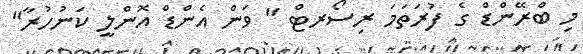
މި ބްރޭންޑް ގެ ފުރަތަމަ ރިސޯރޓް " ވަން އެންޑް އޮންލީ ކަނުހުރާ"